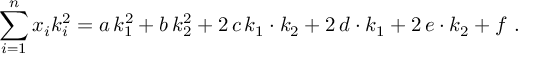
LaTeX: \sum _ { i = 1 } ^ { n } x _ { i } k _ { i } ^ { 2 } = a \, k _ { 1 } ^ { 2 } + b \, k _ { 2 } ^ { 2 } + 2 \, c \, k _ { 1 } \cdot k _ { 2 } + 2 \, d \cdot k _ { 1 } + 2 \, e \cdot k _ { 2 } + f \ .